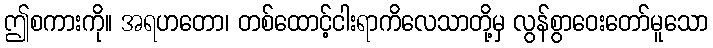
ဤစကားကို။ အရဟတော၊ တစ်ထောင့်ငါးရာကိလေသာတို့မှ လွန်စွာဝေးတော်မူသော